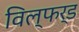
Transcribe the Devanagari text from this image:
विल्फर्ड